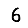
Digit: 6